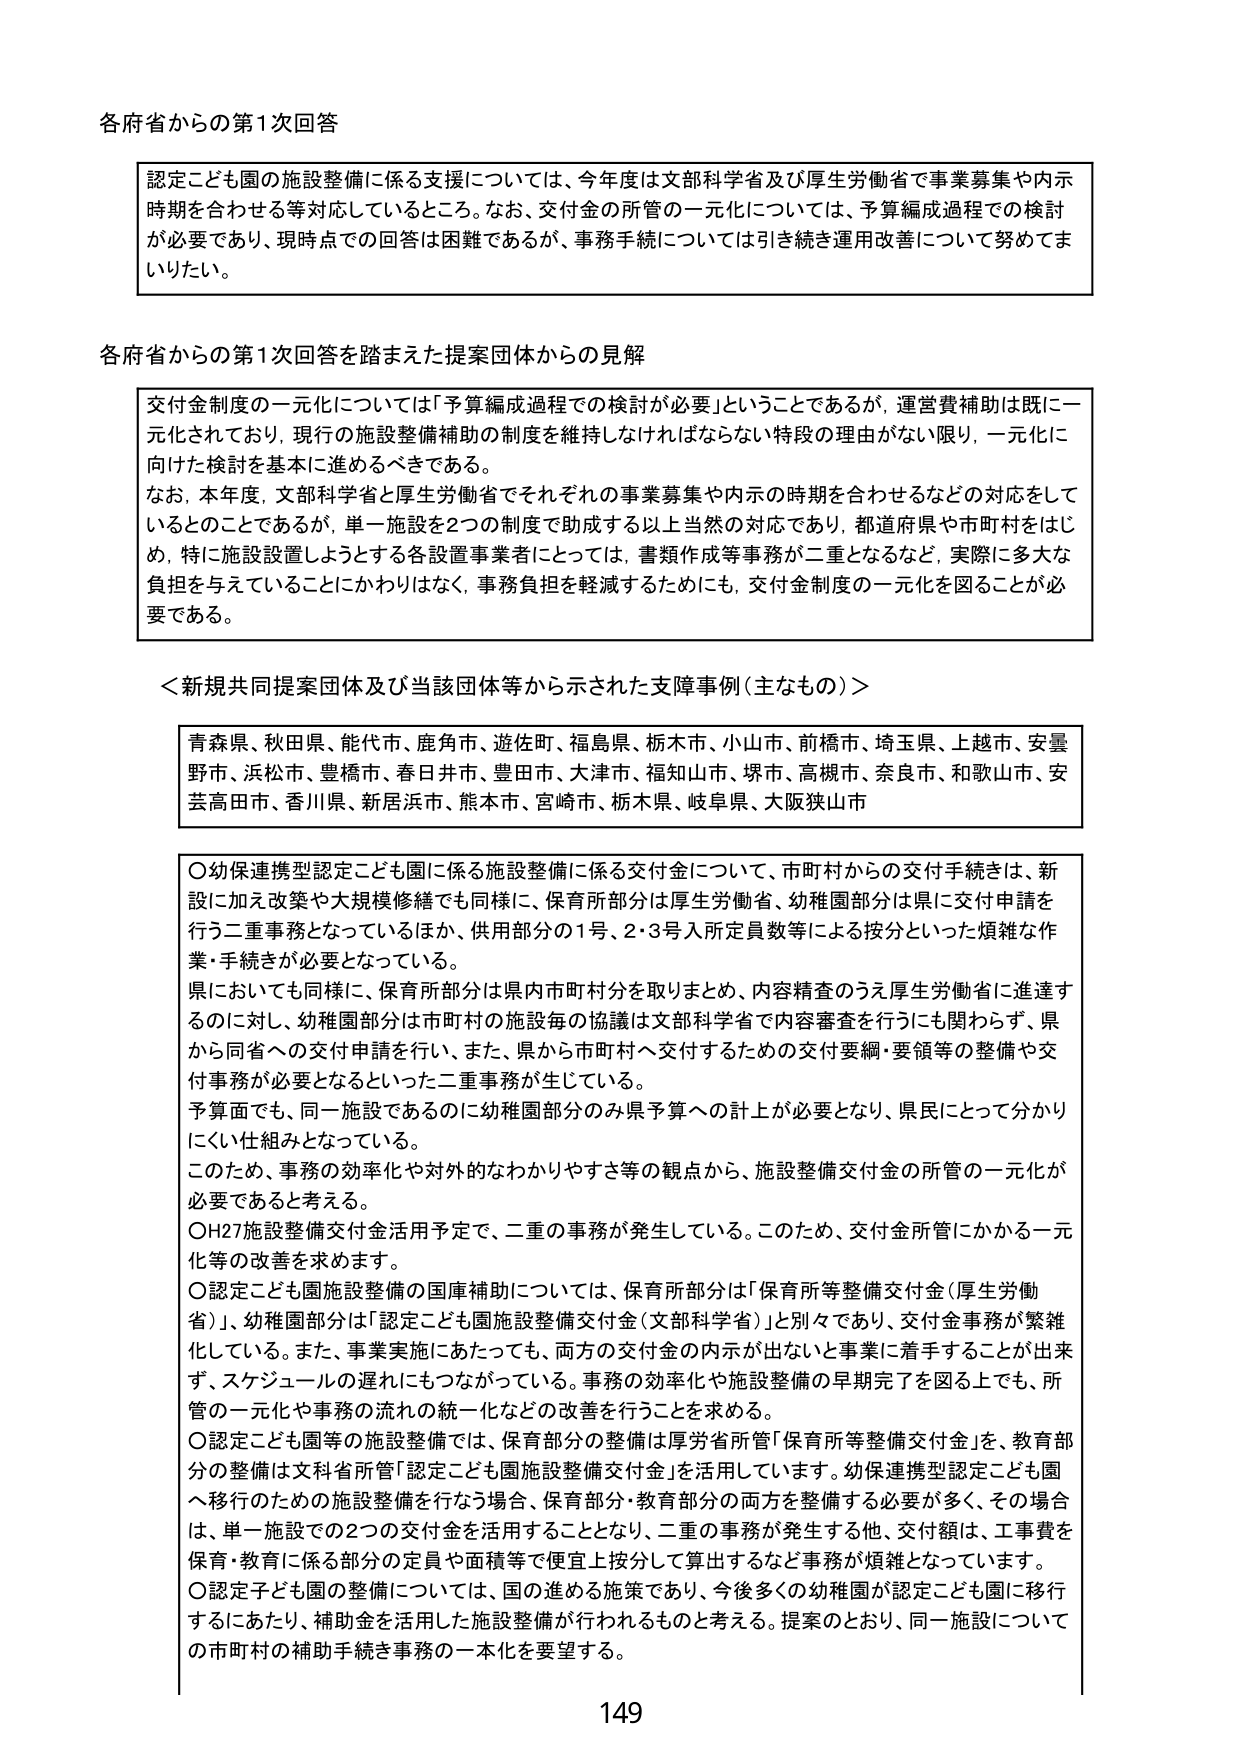
各府省からの第1次回答

認定こども園の施設整備に係る支援については、今年度は文部科学省及び厚生労働省で事業募集や内示時期を合わせる等対応しているところ。なお、交付金の所管の一元化については、予算編成過程での検討が必要であり、現時点での回答は困難であるが、事務手続については引き続き運用改善について努めてまいりたい。

各府省からの第1次回答を踏まえた提案団体からの見解

交付金制度の一元化については「予算編成過程での検討が必要」ということであるが、運営費補助は既に一元化されており、現行の施設整備補助の制度を維持しなければならない特段の理由がない限り、一元化に向けた検討を基本に進めるべきである。
なお、本年度、文部科学省と厚生労働省でそれぞれの事業募集や内示の時期を合わせるなどの対応をしているとのことであるが、単一施設を2つの制度で助成する以上当然の対応であり、都道府県や市町村をはじめ、特に施設設置しようとする各設置事業者にとっては、書類作成等事務が二重となるなど、実際に多大な負担を与えていることにかわりはなく、事務負担を軽減するためにも、交付金制度の一元化を図ることが必要である。

＜新規共同提案団体及び当該団体等から示された支援事例（主なもの）＞

青森県、秋田県、能代市、鹿角市、遊佐町、福島県、栃木市、小山市、前橋市、埼玉県、上越市、安曇野市、浜松市、豊橋市、春日井市、豊田市、大津市、福知山市、堺市、高槻市、奈良市、和歌山市、安芸高田市、香川県、新居浜市、熊本市、宮崎市、栃木県、岐阜県、大阪狭山市

〇幼保連携型認定こども園に係る施設整備に係る交付金について、市町村からの交付手続きは、新設に加え改築や大規模修繕でも同様に、保育所部分は厚生労働省、幼稚園部分は県に交付申請を行う二重事務となっているほか、供用部分の1号、2・3号入所定員数等による按分といった煩雑な作業・手続きが必要となっている。
県においても同様に、保育所部分は県内市町村分を取りまとめ、内容精査のうえ厚生労働省に進達するのに対し、幼稚園部分は市町村の施設毎の協議は文部科学省で内容審査を行うにも関わらず、県から同省への交付申請を行い、また、県から市町村へ交付するための交付要綱・要領等の整備や交付事務が必要となるといった二重事務が生じている。
予算面でも、同一施設であるのに幼稚園部分のみ県予算への計上が必要となり、県民にとって分かりにくい仕組みとなっている。
このため、事務の効率化や対外的なわかりやすさ等の観点から、施設整備交付金の所管の一元化が必要であると考える。
〇H27施設整備交付金活用予定で、二重の事務が発生している。このため、交付金所管にかかる一元化等の改善を求めます。
〇認定こども園施設整備の国庫補助については、保育所部分は「保育所等整備交付金（厚生労働省）」、幼稚園部分は「認定こども園施設整備交付金（文部科学省）」と別々であり、交付金事務が繁雑化している。また、事業実施にあたっても、両方の交付金の内示が出ないと事業に着手することが出来ず、スケジュールの遅れにもつながっている。事務の効率化や施設整備の早期完了を図る上でも、所管の一元化や事務の流れの統一化などの改善を行うことを求める。
〇認定こども園等の施設整備では、保育部分の整備は厚労省所管「保育所等整備交付金」を、教育部分の整備は文科省所管「認定こども園施設整備交付金」を活用しています。幼保連携型認定こども園へ移行のための施設整備を行なう場合、保育部分・教育部分の両方を整備する必要が多く、その場合は、単一施設での2つの交付金を活用することとなり、二重の事務が発生する他、交付額は、工事費を保育・教育に係る部分の定員や面積等で便宜上按分して算出するなど事務が煩雑となっています。
〇認定子ども園の整備については、国の進める施策であり、今後多くの幼稚園が認定こども園に移行するにあたり、補助金を活用した施設整備が行われるものと考える。提案のとおり、同一施設についての市町村の補助手続き事務の一本化を要望する。

149